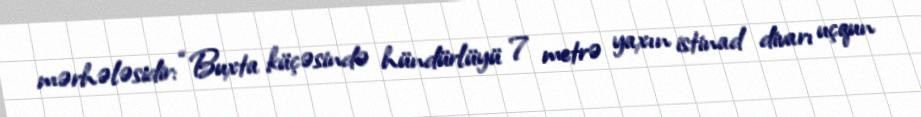
mərhələsidir: “Buxta küçəsində hündürlüyü 7 metrə yaxın istinad divarı uçqun